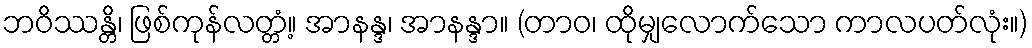
ဘဝိဿန္တိ၊ ဖြစ်ကုန်လတ္တံ့။ အာနန္ဒ၊ အာနန္ဒာ။ (တာဝ၊ ထိုမျှလောက်သော ကာလပတ်လုံး။)